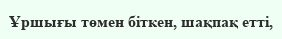
Ұршығы төмен біткен, шақпақ етті,